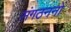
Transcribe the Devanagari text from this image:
संगठननों